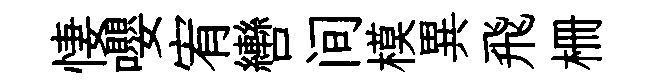
悽嚶宥轡间模異飛栅